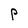
Character: P